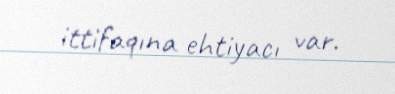
ittifaqına ehtiyacı var.